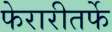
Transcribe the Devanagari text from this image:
फेरारीतर्फे